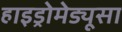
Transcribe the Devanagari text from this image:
हाइड्रोमेड्यूसा